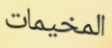
المخيمات